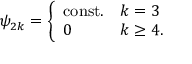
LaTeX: \psi _ { 2 k } = \left\{ \begin{array} { l l } { { \mathrm { c o n s t . } } } & { { k = 3 } } \\ { { 0 } } & { { k \geq 4 . } } \end{array} \right.